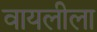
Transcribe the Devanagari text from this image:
वायलीला